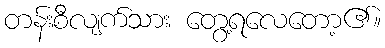
တန်းစီလျက်သား တွေ့ရလေတော့၏။